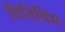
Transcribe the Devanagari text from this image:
विनियिम